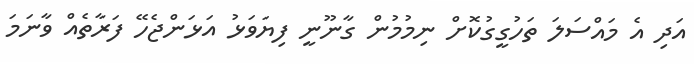
އަދި އެ މައްސަލަ ތަހުގީގުކޮށް ނިމުމުން ގާނޫނީ ފިޔަވަޅު އަޅަންޖެހޭ ފަރާތެއް ވާނަމަ